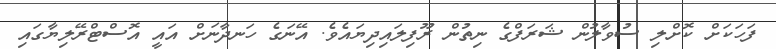
ފަހަކަށް ކޮށްލި ސުވާލުން ޝަރަފްގެ ނިތުން ރޫފިލައިދިޔައެވެ. އޭނަގެ ހަނދާނަށް އައީ އޮސްޓްރޭލިޔާގައި